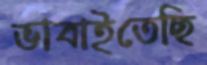
ভাবাইতেছি